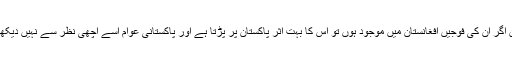
لیکن اگر اُن کی فوجیں افغانستان میں موجود ہوں تو اُس کا بہت اثر پاکستان پر پڑتا ہے اور پاکستانی عوام اُسے اچھی نظر سے نہیں دیکھتے۔